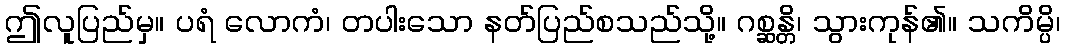
ဤလူပြည်မှ။ ပရံ လောကံ၊ တပါးသော နတ်ပြည်စသည်သို့။ ဂစ္ဆန္တိ၊ သွားကုန်၏။ သကိမ္ပိ၊